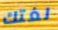
لغتك